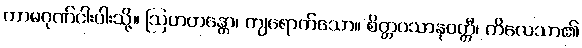
ကာမဂုဏ်ငါးပါးသို့။ ဩဟတန္တော၊ ကျရောက်သော။ စိတ္တဝသာနုဝတ္တီ၊ ကိလေသာ၏